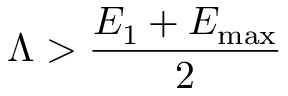
\Lambda > \frac { E _ { 1 } + E _ { \mathrm { m a x } } } { 2 }